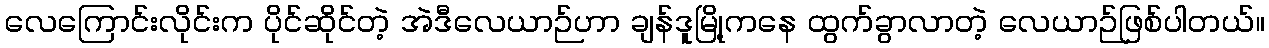
လေကြောင်းလိုင်းက ပိုင်ဆိုင်တဲ့ အဲဒီလေယာဉ်ဟာ ချန်ဒူမြို့ကနေ ထွက်ခွာလာတဲ့ လေယာဉ်ဖြစ်ပါတယ်။